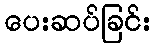
ပေးဆပ်ခြင်း